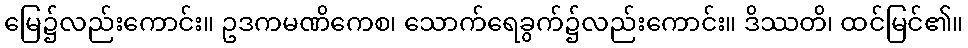
မြေ၌လည်းကောင်း။ ဥဒကမဏိကေစ၊ သောက်ရေခွက်၌လည်းကောင်း။ ဒိဿတိ၊ ထင်မြင်၏။